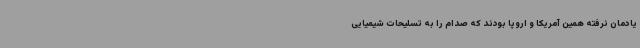
یادمان نرفته همین آمریکا و اروپا بودند که صدام را به تسلیحات شیمیایی